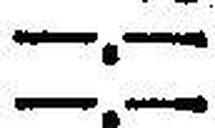
—.—